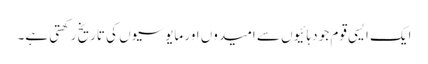
ایک ایسی قوم جو دہائیوں سے امیدوں اور مایوسیوں کی تاریخ رکھتی ہے۔